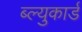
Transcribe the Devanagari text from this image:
ब्ल्युकार्ड